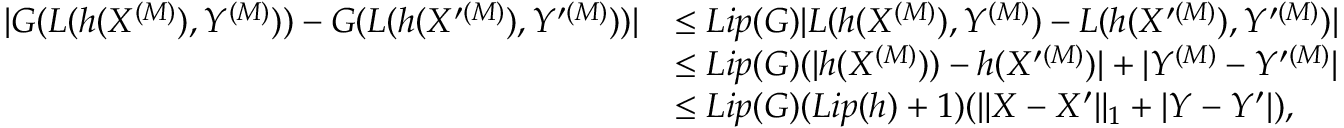
\begin{array} { r l } { | G ( L ( h ( X ^ { ( M ) } ) , Y ^ { ( M ) } ) ) - G ( L ( h ( X ^ { \prime ( M ) } ) , Y ^ { \prime ( M ) } ) ) | } & { \leq L i p ( G ) | L ( h ( X ^ { ( M ) } ) , Y ^ { ( M ) } ) - L ( h ( X ^ { \prime ( M ) } ) , Y ^ { \prime ( M ) } ) | } \\ & { \leq L i p ( G ) ( | h ( X ^ { ( M ) } ) ) - h ( X ^ { \prime ( M ) } ) | + | Y ^ { ( M ) } - Y ^ { \prime ( M ) } | } \\ & { \leq L i p ( G ) ( L i p ( h ) + 1 ) ( \| X - X ^ { \prime } \| _ { 1 } + | Y - Y ^ { \prime } | ) , } \end{array}